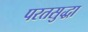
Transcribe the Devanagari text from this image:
परतसुद्धा